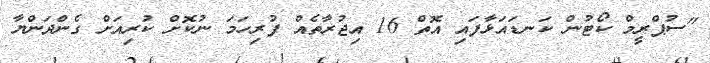
"ސުޕްރީމް ކޯޓުން ކަނޑައަޅާފައި އޮތް 16 އިޖުރާތެއް ފުރިހަމަ ނުކޮށް ކުރިއަށް ގެންދަންޔާ